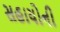
સહાયોની